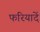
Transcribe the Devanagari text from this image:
फरियादें